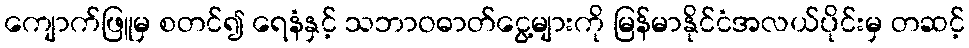
ကျောက်ဖြူမှ စတင်၍ ရေနံနှင့် သဘာဝဓာတ်ငွေ့များကို မြန်မာနိုင်ငံအလယ်ပိုင်းမှ တဆင့်